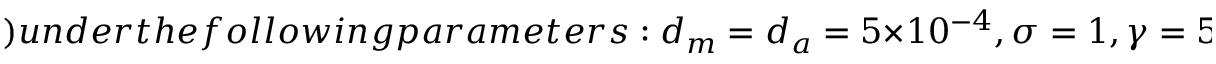
) u n d e r t h e f o l l o w i n g p a r a m e t e r s : d _ { m } = d _ { a } = 5 \times 1 0 ^ { - 4 } , \sigma = 1 , \gamma = 5 , r = 1 \times 1 0 ^ { - 3 } , h = 1 \times 1 0 ^ { - 4 } ( l a r g e r d i f f u s i o n c o e f f i c i e n t s u s e d i n F i g .